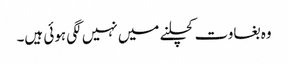
وہ بغاوت کچلنے میں نہیں لگی ہوئی ہیں۔